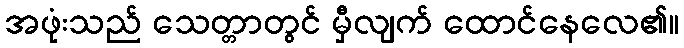
အဖုံးသည် သေတ္တာတွင် မှီလျက် ထောင်နေလေ၏။